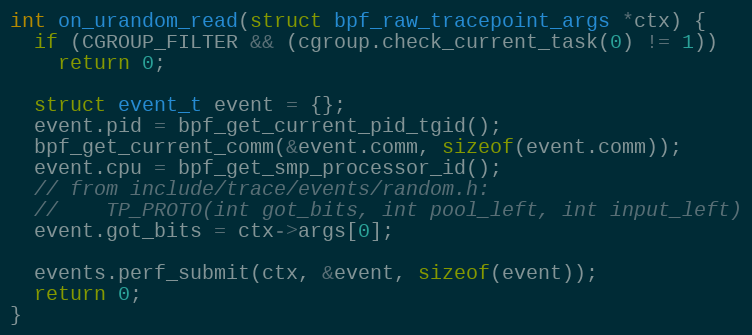
Language: C++
int on_urandom_read(struct bpf_raw_tracepoint_args *ctx) {
  if (CGROUP_FILTER && (cgroup.check_current_task(0) != 1))
    return 0;

  struct event_t event = {};
  event.pid = bpf_get_current_pid_tgid();
  bpf_get_current_comm(&event.comm, sizeof(event.comm));
  event.cpu = bpf_get_smp_processor_id();
  // from include/trace/events/random.h:
  //    TP_PROTO(int got_bits, int pool_left, int input_left)
  event.got_bits = ctx->args[0];

  events.perf_submit(ctx, &event, sizeof(event));
  return 0;
}